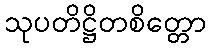
သုပတိဋ္ဌိတစိတ္တော